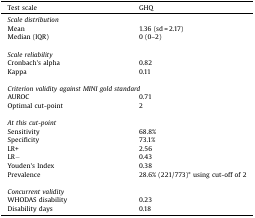
| Test scale | GHQ |
 | --- | --- |
 | <COLSPAN=2> Scale distribution |
 | Mean | 1.36 (sd = 2.17) |
 | Median (IQR) | 0 (0–2) |
 | <COLSPAN=2>  |
 | <COLSPAN=2> Scale reliability |
 | Cronbach's alpha | 0.82 |
 | Kappa | 0.11 |
 | <COLSPAN=2>  |
 | <COLSPAN=2> Criterion validity against MINI gold standard |
 | AUROC | 0.71 |
 | Optimal cut-point | 2 |
 | <COLSPAN=2>  |
 | <COLSPAN=2> At this cut-point |
 | Sensitivity | 68.8% |
 | Specificity | 73.1% |
 | LR+ | 2.56 |
 | LR− | 0.43 |
 | Youden's Index | 0.38 |
 | Prevalence | 28.6% (221/773)* using cut-off of 2 |
 | <COLSPAN=2>  |
 | <COLSPAN=2> Concurrent validity |
 | WHODAS disability | 0.23 |
 | Disability days | 0.18 |